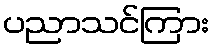
ပညာသင်ကြား